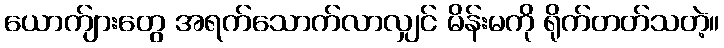
ယောက်ျားတွေ အရက်သောက်လာလျှင် မိန်းမကို ရိုက်တတ်သတဲ့။